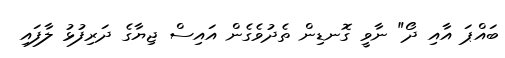
ބައްޕަ އާއި ދޯ" ނާވީ ގޮނޑިން ތެދުވެގެން އައިސް ޖިޔާގެ ދަރިފުޅު ލާފައި